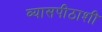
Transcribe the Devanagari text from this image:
व्यासपीठाशी